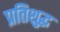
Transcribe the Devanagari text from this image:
प्रतिशुद्ध